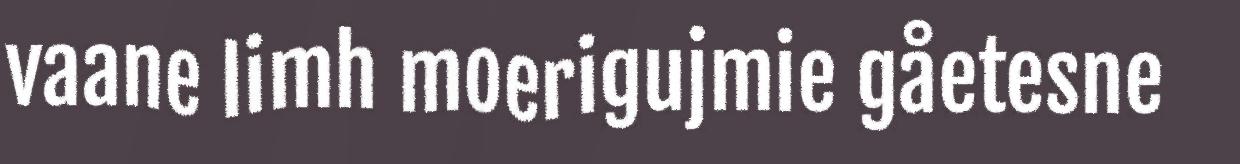
vaane limh moerigujmie gåetesne